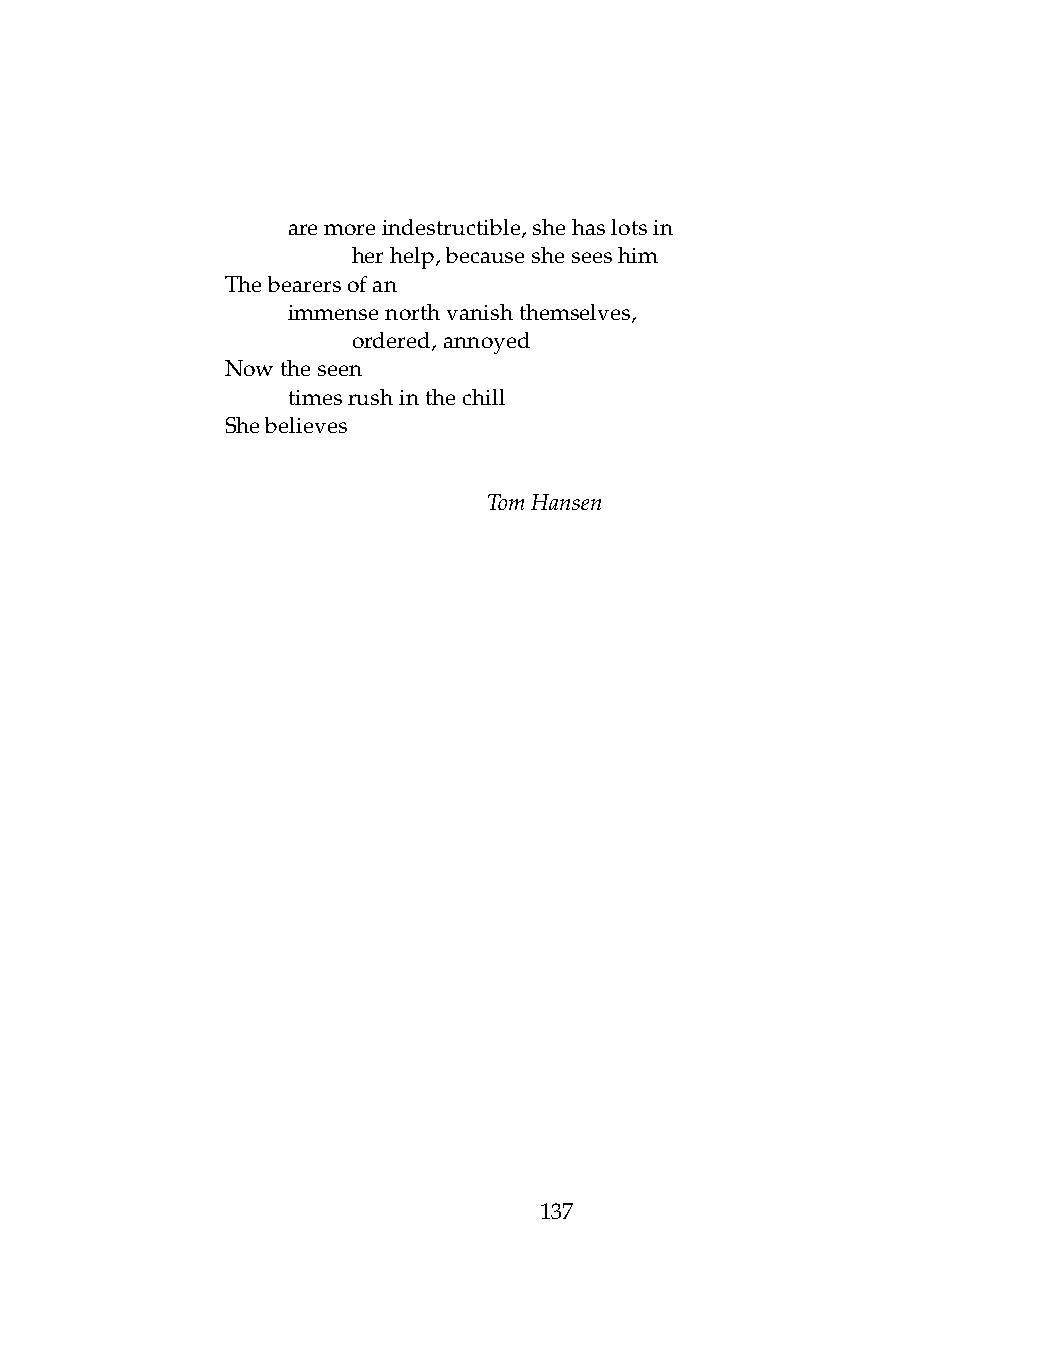
.   aremoreindestructible,shehaslotsin
 .   .   herhelp,becausesheseeshim
 Thebearersofan
 .   immensenorthvanishthemselves,
 .   .   ordered,annoyed
 Nowtheseen
 .   timesrushinthechill
 Shebelieves
 TomHansen
 137